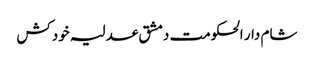
شام دار الحکومت دمشق عدلیہ خودکش